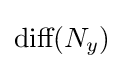
{\mbox{diff}}(N_{y})